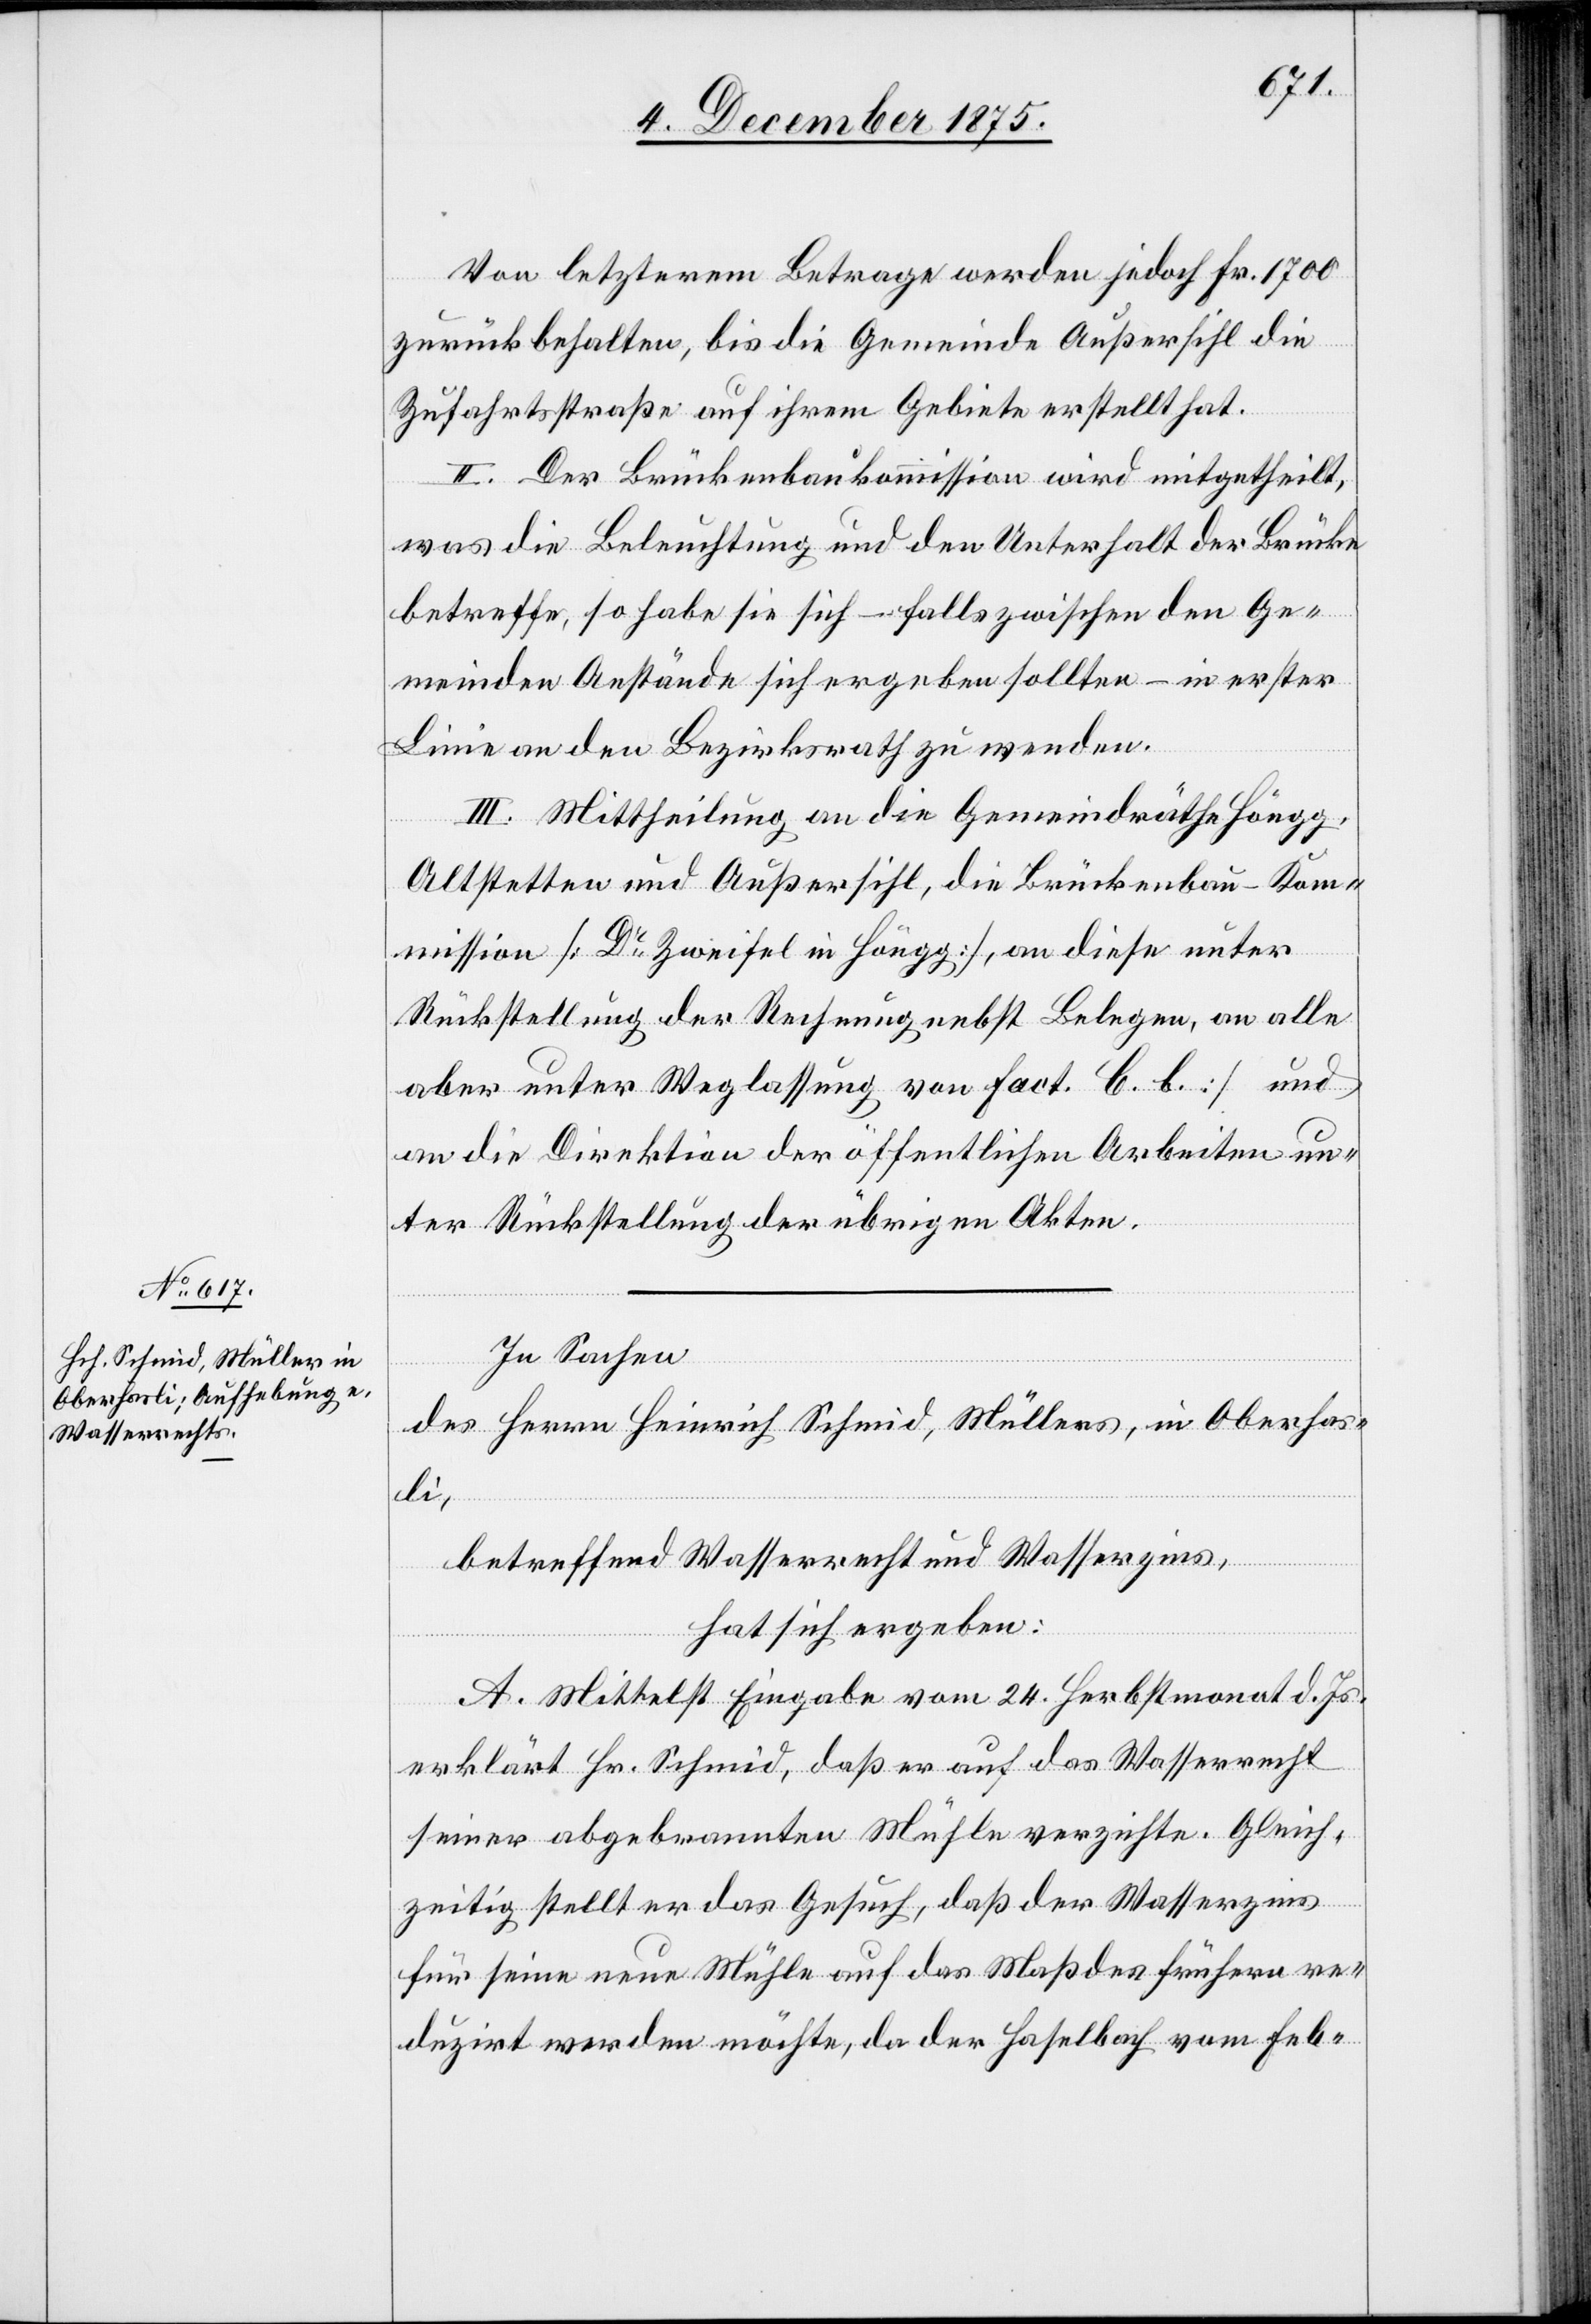
Von letzterem Betrage werden jedoch Fr. 1700
zurückbehalten, bis die Gemeinde Außersihl die
Zufahrtsstraße auf ihrem Gebiete erstellt hat.
II. Der Brückenbaukommission wird mitgetheilt,
was die Beleuchtung und den Unterhalt der Brücke
betreffe, so habe sie sich – falls zwischen den Ge¬
meinden Anstände sich ergeben sollten – in erster
Linie an den Bezirksrath zu wenden.
III. Mittheilung an die Gemeindräthe Höngg,
Altstetten und Außersihl, die Brückenbau-Kom¬
mission [Dr Zweifel in Höngg], an diese unter
Rückstellung der Rechnung nebst Belegen, an alle
aber unter Weglassung von Fact. C. b. und
an die Direktion der öffentlichen Arbeiten un¬
ter Rückstellung der übrigen Akten.
In Sachen
des Herrn Heinrich Schmid, Müllers, in Oberhas¬
li,
betreffend Wasserrecht und Wasserzins,
hat sich ergeben:
A. Mittelst Eingabe vom 24. Herbstmonat d. Js.
erklärt Hr. Schmid, daß er auf das Wasserrecht
seiner abgebrannten Mühle verzichte. Gleich¬
zeitig stellt er das Gesuch, daß der Wasserzins
für seine neue Mühle auf das Maß des frühern re¬
duzirt werden möchte, da der Haselbach vom Feb-